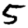
Digit: 5